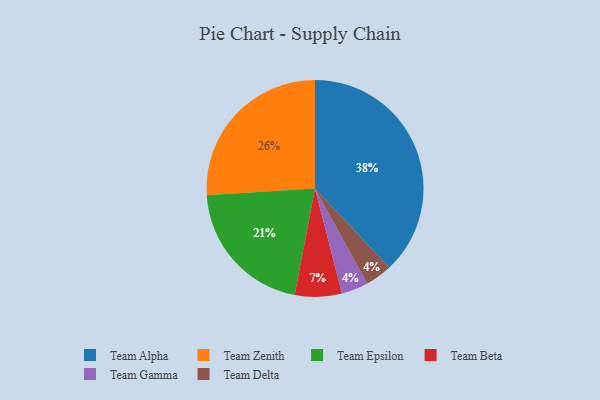
{"axis": {"x": "Category", "y": "Percentage"}, "legend": ["Team Alpha", "Team Beta", "Team Delta", "Team Epsilon", "Team Gamma", "Team Zenith"], "data": [{"x": "Team Epsilon", "y": 21, "type": "Team Epsilon"}, {"x": "Team Alpha", "y": 38, "type": "Team Alpha"}, {"x": "Team Gamma", "y": 4, "type": "Team Gamma"}, {"x": "Team Delta", "y": 4, "type": "Team Delta"}, {"x": "Team Beta", "y": 7, "type": "Team Beta"}, {"x": "Team Zenith", "y": 26, "type": "Team Zenith"}]}